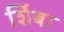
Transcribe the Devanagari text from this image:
शिंबा